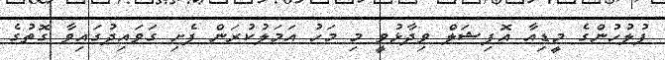
ފުލުހުންގެ މީޑިއާ އޮފިޝަލް ވިދާޅުވީ މި މަހު އަމަލުކުރަން ފެށި ގަވައިދުގައިވާ ގޮތުގެ